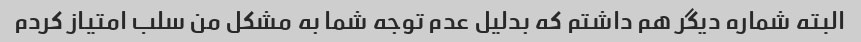
البته شماره دیگر هم داشتم که بدلیل عدم توجه شما به مشکل من سلب امتیاز کردم